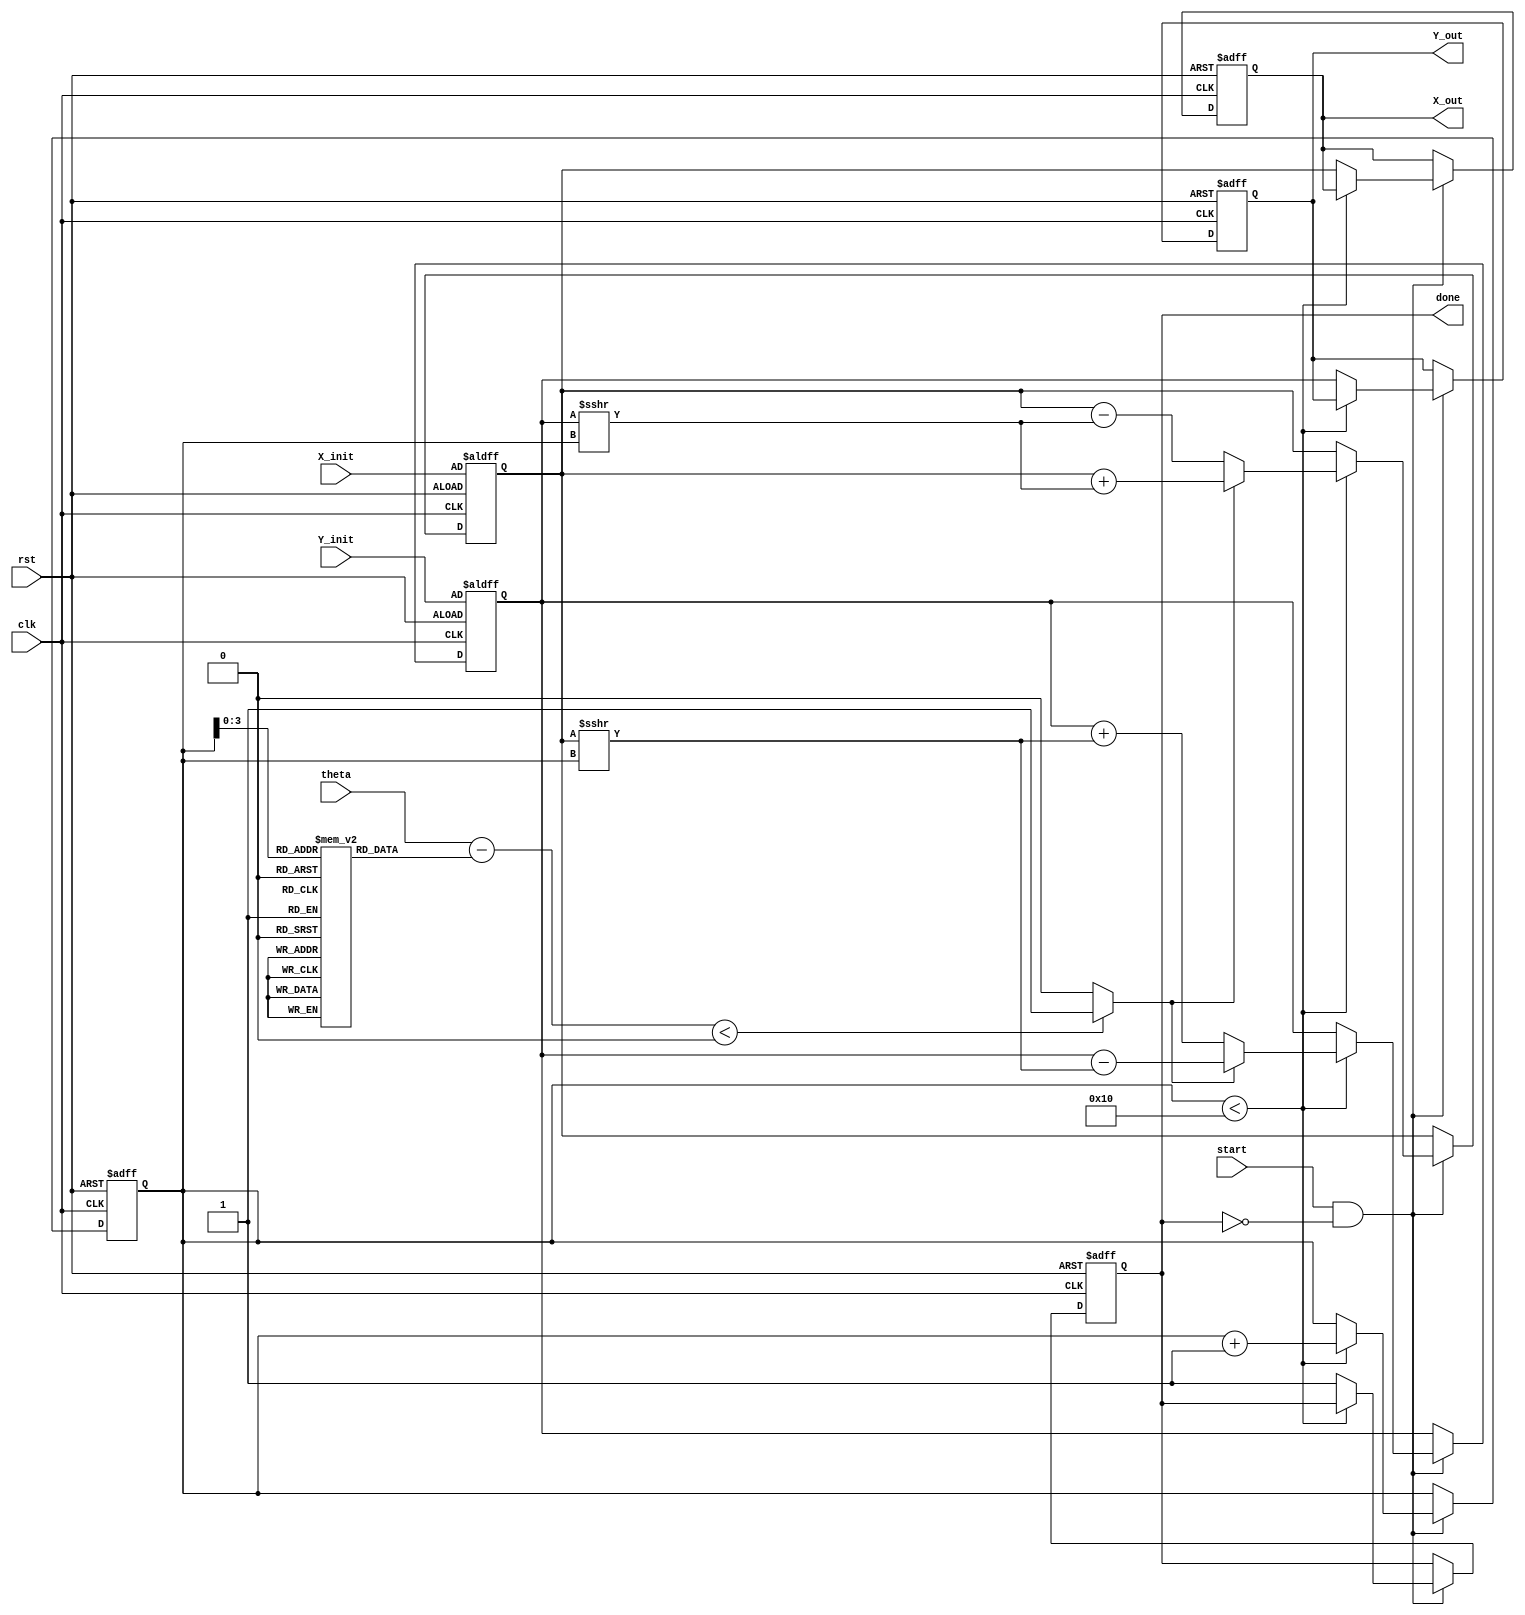
module cordic_fixed_point #(
    parameter N = 16,            // Total bits for fixed-point representation
    parameter ITERATIONS = 16,   // Number of iterations for CORDIC
    parameter ANGLE_TBL_SIZE = ITERATIONS
)(
    input  wire clk,              // Clock signal
    input  wire rst,              // Reset signal
    input  wire [N-1:0] theta,    // Input angle (fixed-point)
    input  wire [N-1:0] X_init,   // Initial X coordinate
    input  wire [N-1:0] Y_init,   // Initial Y coordinate
    input  wire start,            // Start signal for the operation
    output reg [N-1:0] X_out,     // Output X coordinate
    output reg [N-1:0] Y_out,     // Output Y coordinate
    output reg done               // Done signal
);

    // Internal signals
    reg [N-1:0] x_reg, y_reg;                     // Registers for current X and Y
    reg [N-1:0] angle_table [0:ANGLE_TBL_SIZE-1]; // Angle table for arctan values
    reg [4:0] iteration;                           // Iteration counter
    reg [N-1:0] theta_temp;                       // Temporary variable for angle comparison
    reg direction;                                 // Rotation direction

    // Initialize angle table
    initial begin
        angle_table[0] = 16'h2000; // atan(2^0) = 0.5
        angle_table[1] = 16'h1333; // atan(2^-1) = 0.3333
        angle_table[2] = 16'h0A3D; // atan(2^-2)
        angle_table[3] = 16'h0524; // atan(2^-3)
        angle_table[4] = 16'h028B; // atan(2^-4)
        // Continue filling in the angle table for more iterations...
    end

    // CORDIC process
    always @(posedge clk or posedge rst) begin
        if (rst) begin
            x_reg <= X_init;
            y_reg <= Y_init;
            iteration <= 0;
            done <= 0;
            X_out <= 0;
            Y_out <= 0;
        end else if (start && !done) begin
            if (iteration < ITERATIONS) begin
                // Determine the direction
                theta_temp = theta - angle_table[iteration];
                direction = (theta_temp < 0) ? 1'b1 : 1'b0;

                // Update X and Y based on direction
                if (direction) begin
                    x_reg <= x_reg + (y_reg >>> iteration); // Rotate clockwise
                    y_reg <= y_reg - (x_reg >>> iteration);
                end else begin
                    x_reg <= x_reg - (y_reg >>> iteration); // Rotate counterclockwise
                    y_reg <= y_reg + (x_reg >>> iteration);
                end

                // Increment the iteration counter
                iteration <= iteration + 1;
            end else begin
                // Operation complete
                X_out <= x_reg;
                Y_out <= y_reg;
                done <= 1;
            end
        end
    end

endmodule